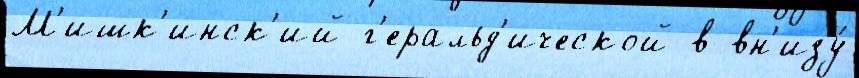
М'ишк'инск'ий г'еральд'ической в вн'изу́